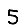
Digit: 5